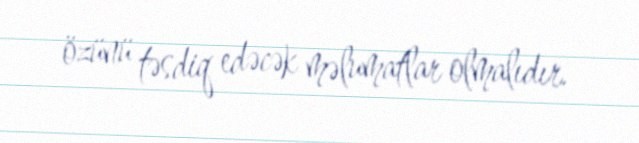
özünü təsdiq edəcək məlumatlar olmalıdır.